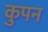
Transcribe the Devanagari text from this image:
कुपन